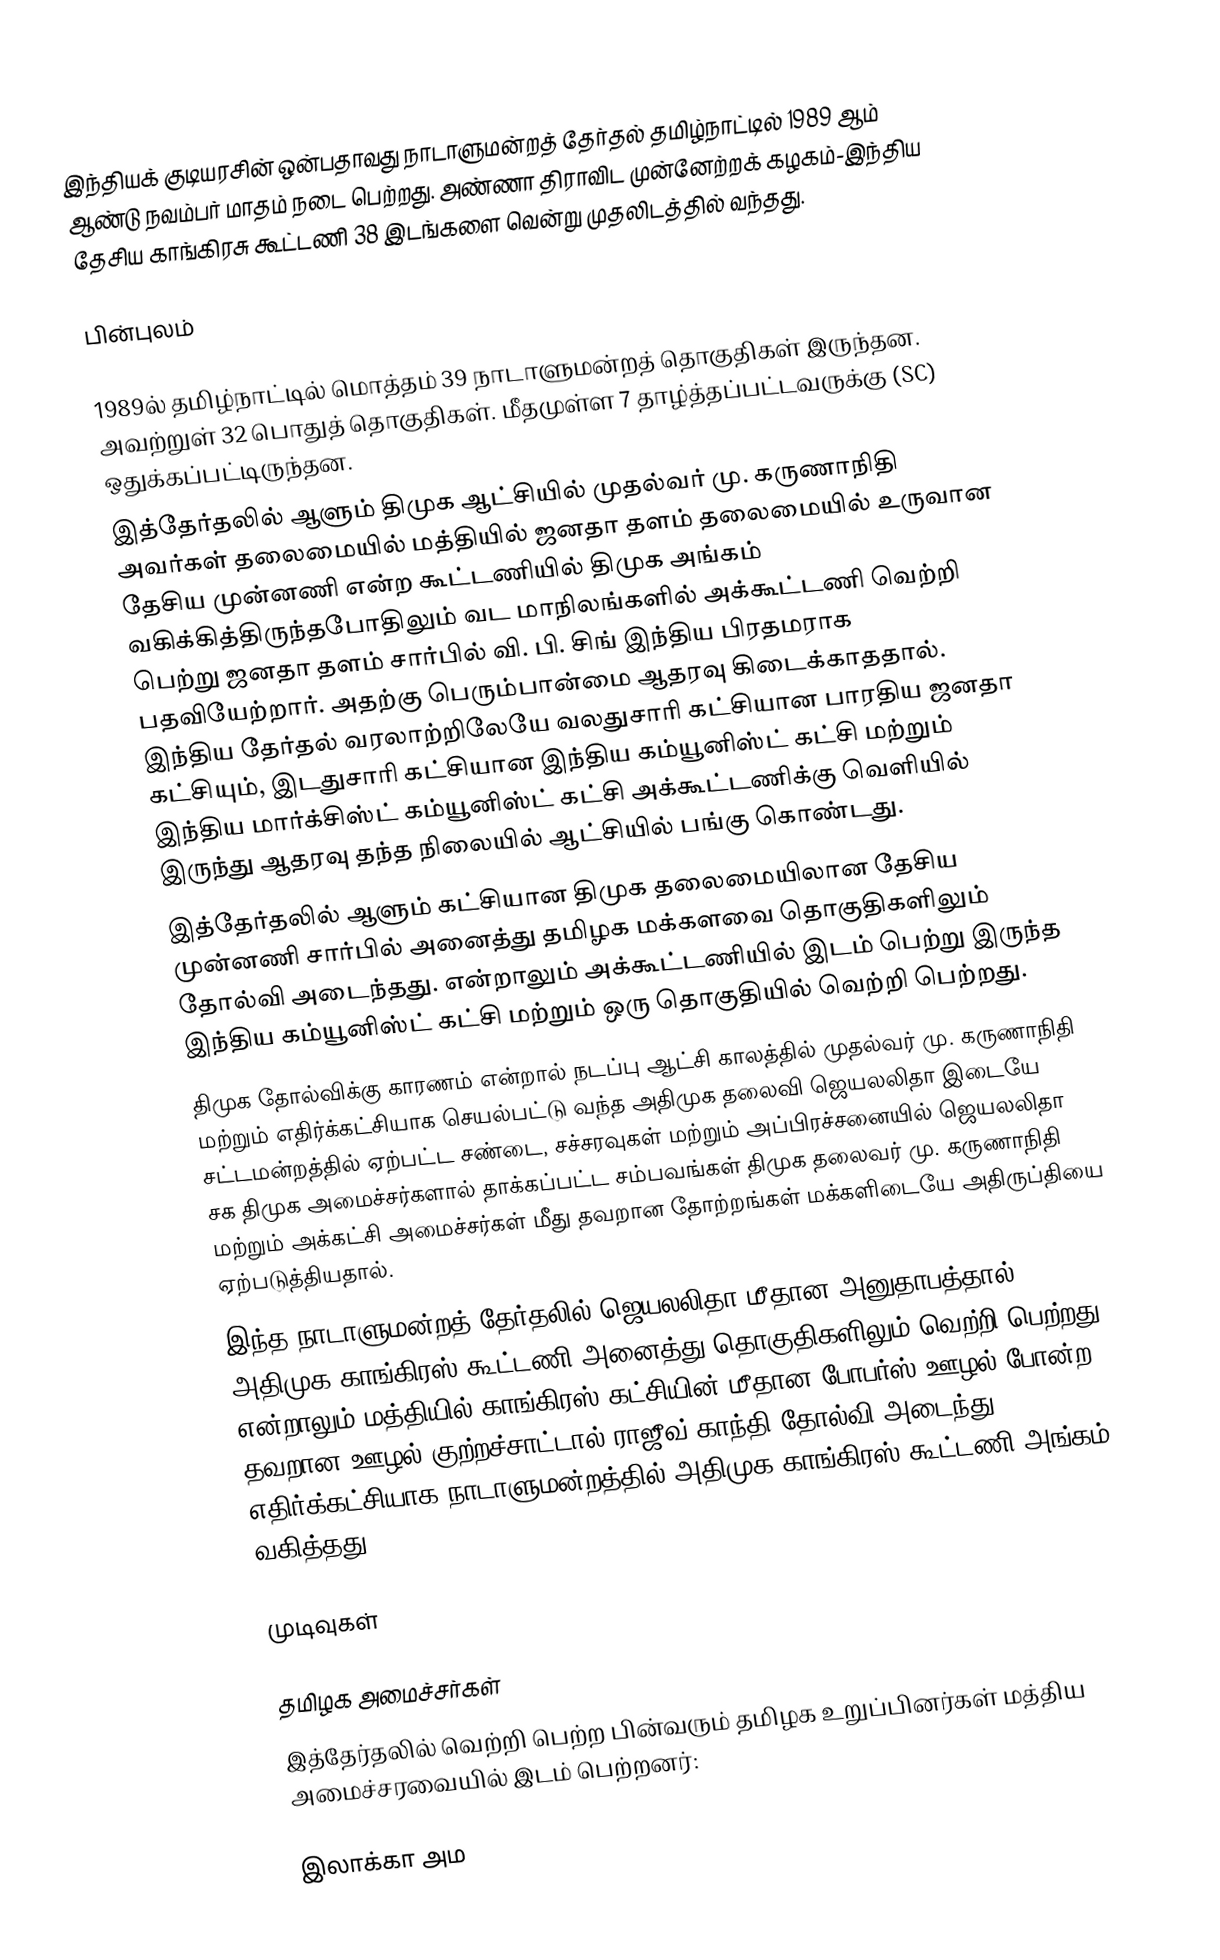
இந்தியக் குடியரசின் ஒன்பதாவது நாடாளுமன்றத் தேர்தல் தமிழ்நாட்டில் 1989 ஆம் ஆண்டு நவம்பர் மாதம் நடை பெற்றது. அண்ணா திராவிட முன்னேற்றக் கழகம்-இந்திய தேசிய காங்கிரசு கூட்டணி 38 இடங்களை வென்று முதலிடத்தில் வந்தது.

பின்புலம்

 1989ல் தமிழ்நாட்டில் மொத்தம் 39 நாடாளுமன்றத் தொகுதிகள் இருந்தன. அவற்றுள் 32 பொதுத் தொகுதிகள். மீதமுள்ள 7 தாழ்த்தப்பட்டவருக்கு (SC) ஒதுக்கப்பட்டிருந்தன.
 இத்தேர்தலில் ஆளும் திமுக ஆட்சியில் முதல்வர் மு. கருணாநிதி அவர்கள் தலைமையில் மத்தியில் ஜனதா தளம் தலைமையில் உருவான தேசிய முன்னணி என்ற கூட்டணியில் திமுக அங்கம் வகிக்கித்திருந்தபோதிலும் வட மாநிலங்களில் அக்கூட்டணி வெற்றி பெற்று ஜனதா தளம் சார்பில் வி. பி. சிங் இந்திய பிரதமராக பதவியேற்றார். அதற்கு பெரும்பான்மை ஆதரவு கிடைக்காததால். இந்திய தேர்தல் வரலாற்றிலேயே வலதுசாரி கட்சியான பாரதிய ஜனதா கட்சியும், இடதுசாரி கட்சியான இந்திய கம்யூனிஸ்ட் கட்சி மற்றும் இந்திய மார்க்சிஸ்ட் கம்யூனிஸ்ட் கட்சி அக்கூட்டணிக்கு வெளியில் இருந்து ஆதரவு தந்த நிலையில் ஆட்சியில் பங்கு கொண்டது.
 இத்தேர்தலில் ஆளும் கட்சியான திமுக தலைமையிலான தேசிய முன்னணி சார்பில் அனைத்து தமிழக மக்களவை தொகுதிகளிலும் தோல்வி அடைந்தது. என்றாலும் அக்கூட்டணியில் இடம் பெற்று இருந்த இந்திய கம்யூனிஸ்ட் கட்சி மற்றும் ஒரு தொகுதியில் வெற்றி பெற்றது.
 திமுக தோல்விக்கு காரணம் என்றால் நடப்பு ஆட்சி காலத்தில் முதல்வர் மு. கருணாநிதி மற்றும் எதிர்க்கட்சியாக செயல்பட்டு வந்த அதிமுக தலைவி ஜெயலலிதா இடையே சட்டமன்றத்தில் ஏற்பட்ட சண்டை, சச்சரவுகள் மற்றும் அப்பிரச்சனையில் ஜெயலலிதா சக திமுக அமைச்சர்களால் தாக்கப்பட்ட சம்பவங்கள் திமுக தலைவர் மு. கருணாநிதி மற்றும் அக்கட்சி அமைச்சர்கள் மீது தவறான தோற்றங்கள் மக்களிடையே அதிருப்தியை ஏற்படுத்தியதால்.
 இந்த நாடாளுமன்றத் தேர்தலில் ஜெயலலிதா மீதான அனுதாபத்தால் அதிமுக–காங்கிரஸ் கூட்டணி அனைத்து தொகுதிகளிலும் வெற்றி பெற்றது என்றாலும் மத்தியில் காங்கிரஸ் கட்சியின் மீதான போபர்ஸ் ஊழல் போன்ற தவறான ஊழல் குற்றச்சாட்டால் ராஜீவ் காந்தி தோல்வி அடைந்து எதிர்க்கட்சியாக நாடாளுமன்றத்தில் அதிமுக–காங்கிரஸ் கூட்டணி அங்கம் வகித்தது.

முடிவுகள்

தமிழக அமைச்சர்கள்
இத்தேர்தலில் வெற்றி பெற்ற பின்வரும் தமிழக உறுப்பினர்கள் மத்திய அமைச்சரவையில் இடம் பெற்றனர்:

இலாக்கா அம